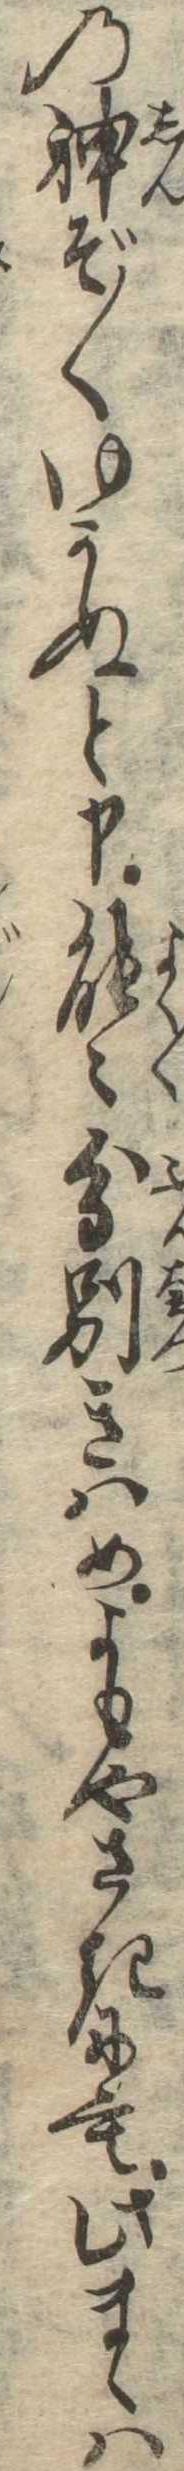
の神ぞ〱ゆかぬと申能〻分別きはめよもやさきにも此まゝは